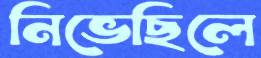
নিভেছিলে